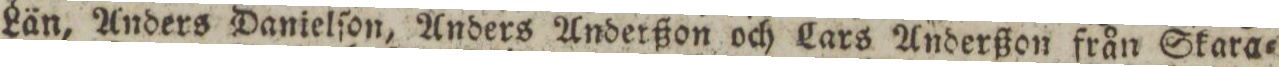
Län, Anders Danielſon, Anders Anderßon och Lars Anderßon från Skara=